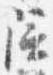
陪